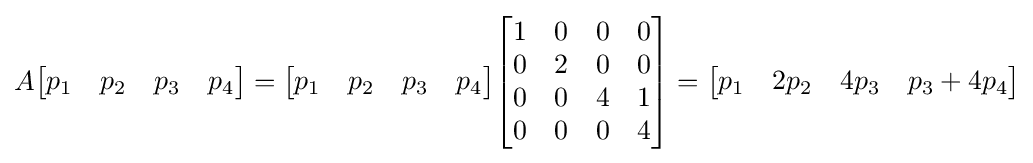
A{\begin{bmatrix}p_{1}&p_{2}&p_{3}&p_{4}\end{bmatrix}}={\begin{bmatrix}p_{1}&p_{2}&p_{3}&p_{4}\end{bmatrix}}{\begin{bmatrix}1&0&0&0\\0&2&0&0\\0&0&4&1\\0&0&0&4\end{bmatrix}}={\begin{bmatrix}p_{1}&2p_{2}&4p_{3}&p_{3}+4p_{4}\end{bmatrix}}